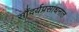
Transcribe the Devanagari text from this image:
सौंदर्यप्रसाधनात